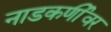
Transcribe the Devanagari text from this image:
नाडकर्णीवर